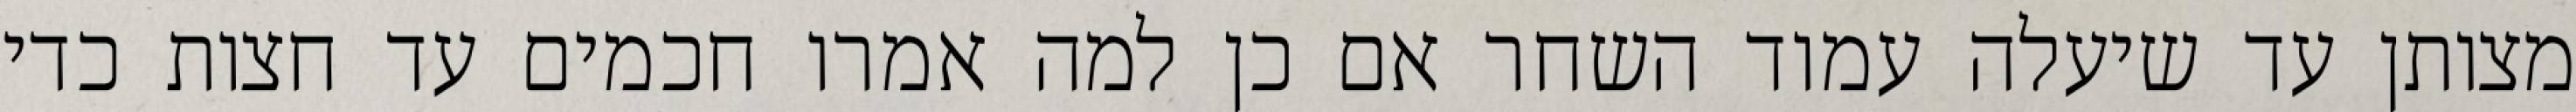
מצותן עד שיעלה עמוד השחר אם כן למה אמרו חכמים עד חצות כדי